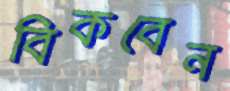
বিকবেন